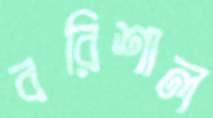
বরিশাল